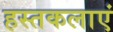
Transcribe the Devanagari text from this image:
हस्तकलाएं